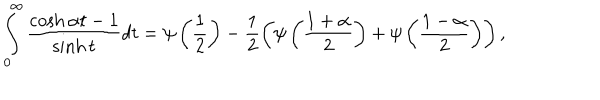
\int _ { 0 } ^ { \infty } \frac { \cosh \alpha t - 1 } { \sinh t } d t = \psi \left( \frac { 1 } { 2 } \right) - \frac { 1 } { 2 } \left( \psi \left( \frac { 1 + \alpha } { 2 } \right) + \psi \left( \frac { 1 - \alpha } { 2 } \right) \right) ,